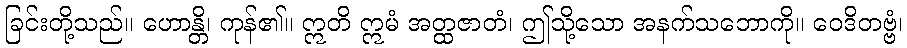
ခြင်းတို့သည်။ ဟောန္တိ၊ ကုန်၏။ ဣတိ ဣမံ အတ္ထဇာတံ၊ ဤသို့သော အနက်သဘောကို။ ဝေဒိတဗ္ဗံ၊